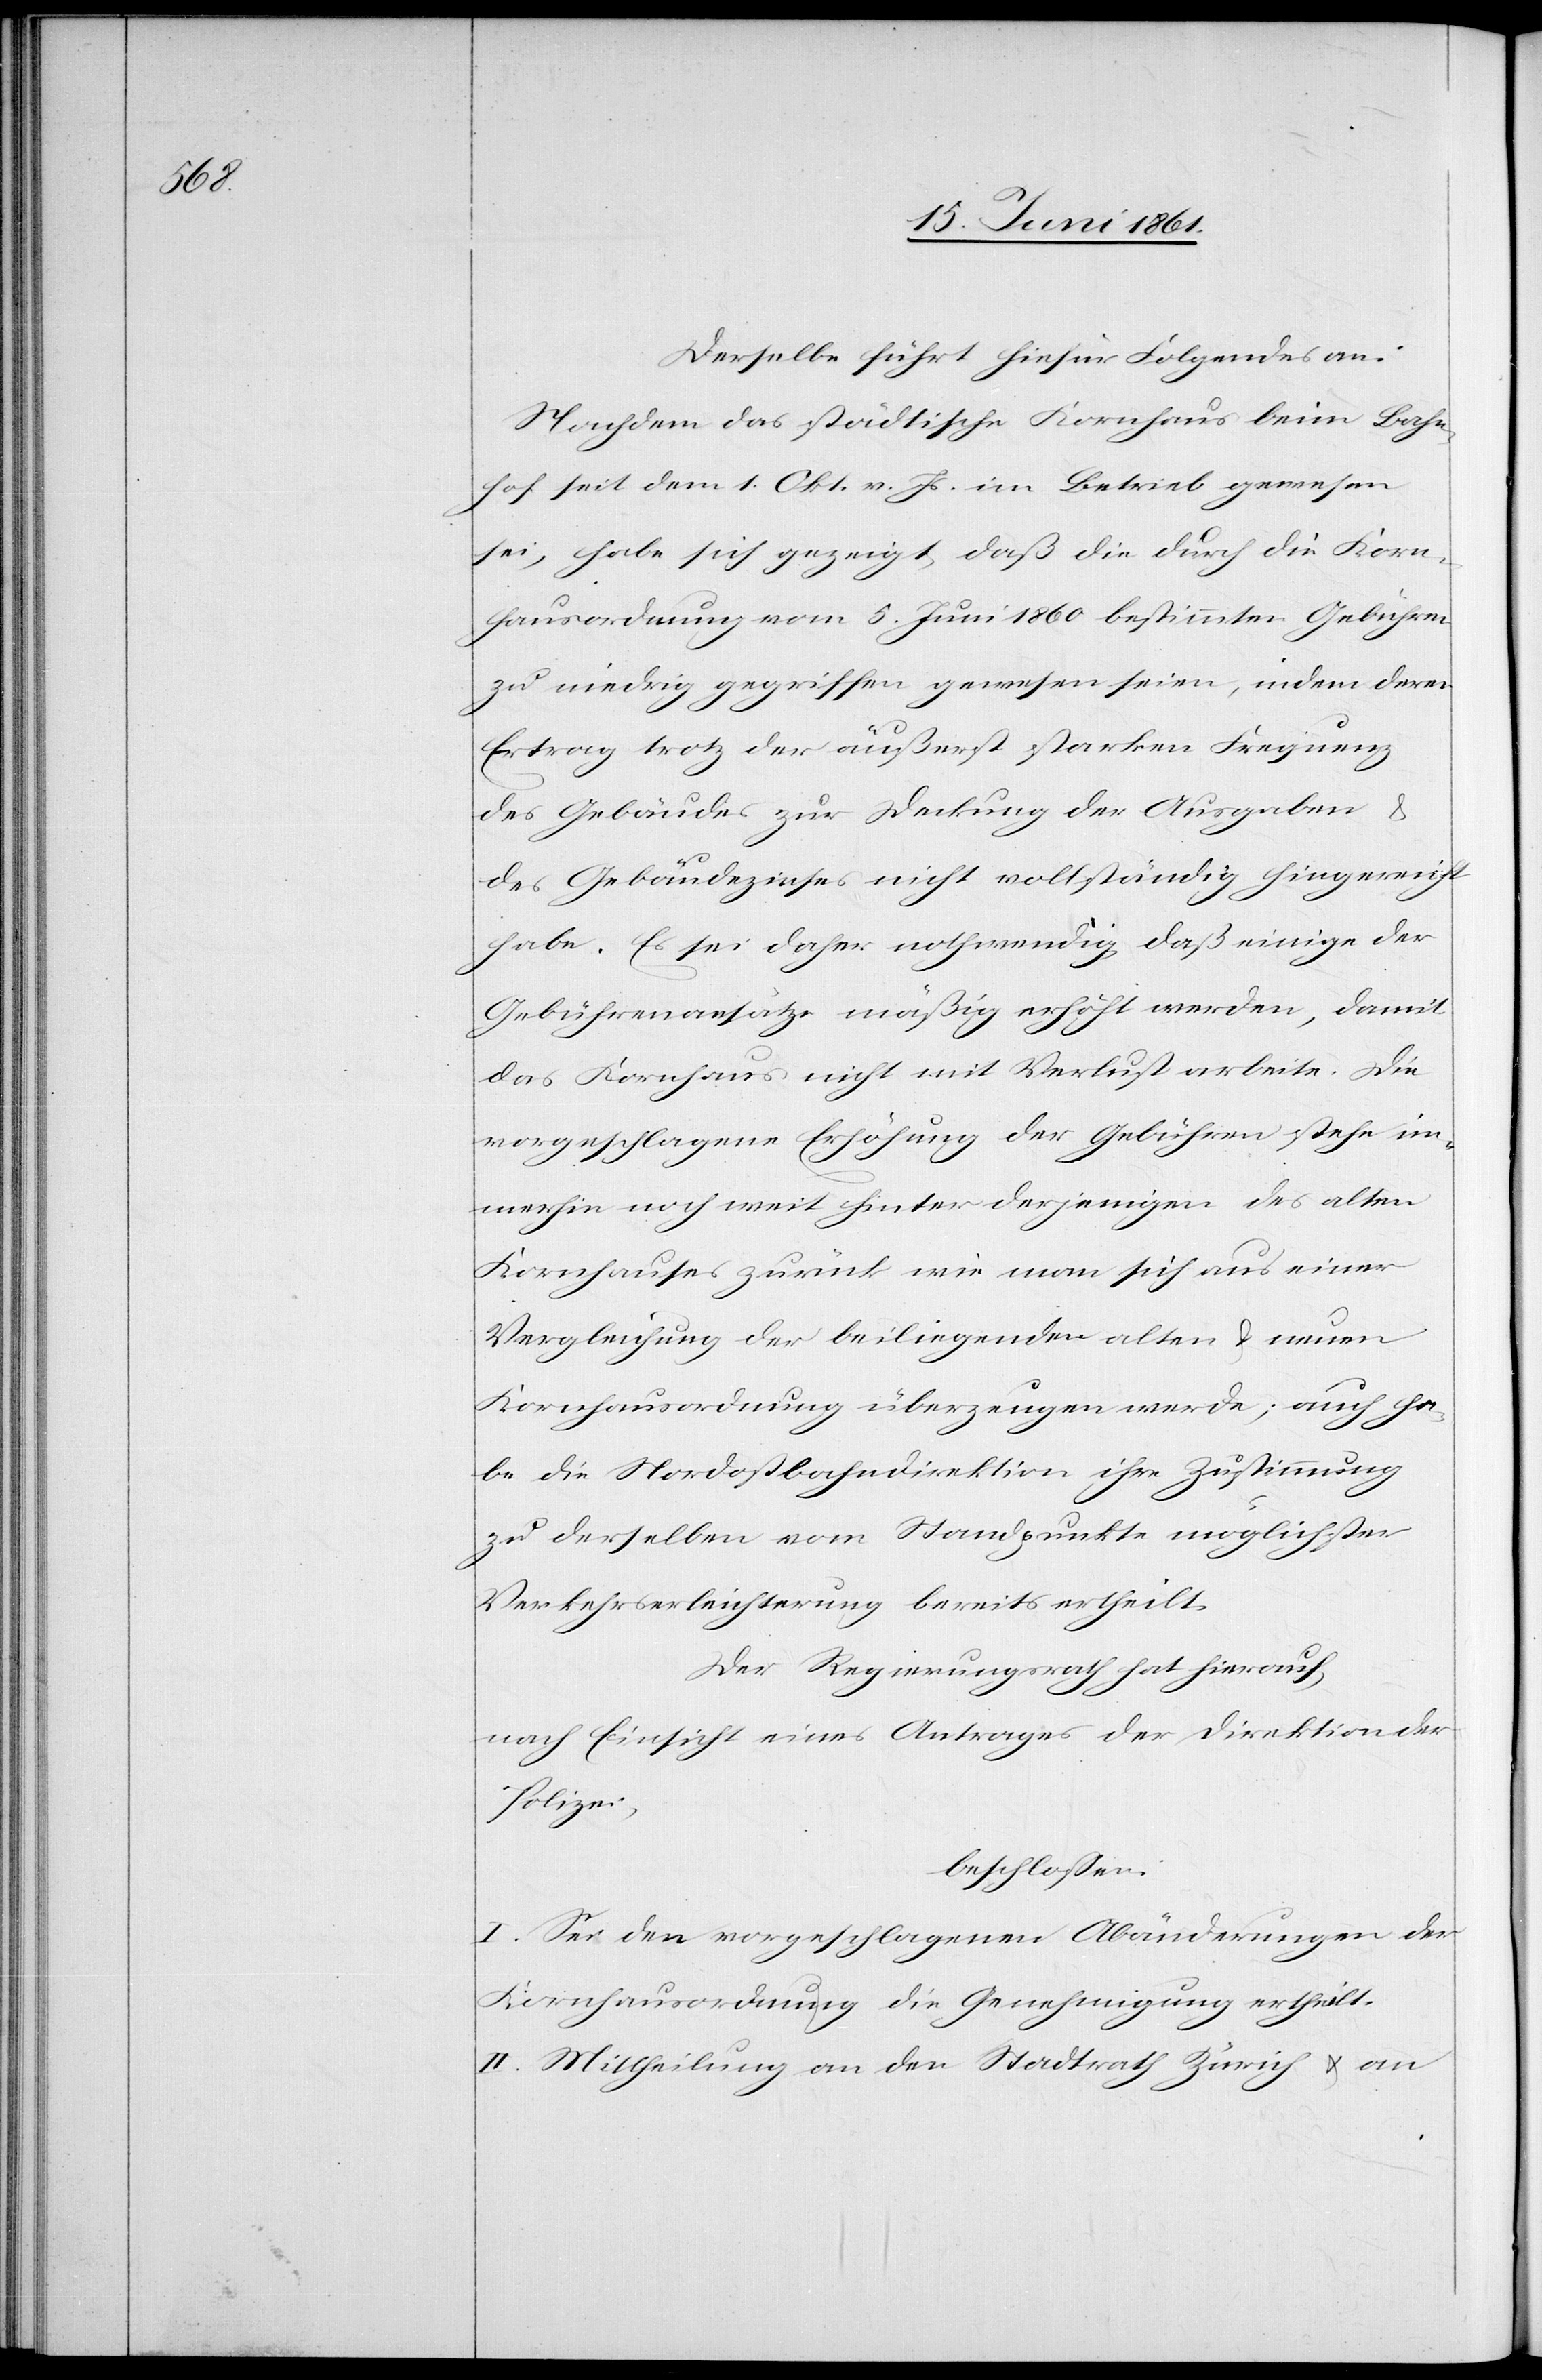
Derselbe führt hiefür Folgendes an:
Nachdem das städtische Kornhaus beim Bahn¬
hof seit dem 1. Okt. v. Js. im Betrieb gewesen
sei, habe sich gezeigt, daß die durch die Korn¬
hausordnung vom 5. Juni 1860 bestimmten Gebühren
zu niedrig gegriffen gewesen seien, indem deren
Ertrag trotz der äußerst starken Frequenz
des Gebäudes zur Deckung der Ausgaben u.
des Gebäudezinses nicht vollständig hingereicht
habe. Es sei daher nothwendig, daß einige der
Gebührenansätze mäßig erhöht werden, damit
das Kornhaus nicht mit Verlust arbeite. Die
vorgeschlagene Erhöhung der Gebühren stehe im¬
merhin noch weit hinter derjenigen des alten
Kornhauses zurück wie man sich aus einer
Vergleichung der beiliegenden alten u. neuen
Kornhausordnung überzeugen werde; auch ha¬
be die Nordostbahndirektion ihre Zustimmung
zu derselben vom Standpunkte möglichster
Verkehrserleichterung bereits ertheilt.
Der Regierungsrath hat hierauf,
nach Einsicht eines Antrages der Direktion der
Polizei,
beschlossen:
I. Sei den vorgeschlagenen Abänderungen der
Kornhausordnung die Genehmigung ertheilt.
II. Mittheilung an den Stadtrath Zürich u. an